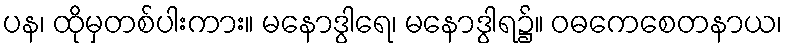
ပန၊ ထိုမှတစ်ပါးကား။ မနောဒွါရေ၊ မနောဒွါရ၌။ ဝဓကေစေတနာယ၊